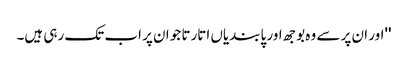
''اور ان پر سے وہ بوجھ اور پابندیاں اتارتا جو ان پر اب تک رہی ہیں۔